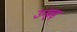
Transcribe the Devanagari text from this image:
उन्हड़